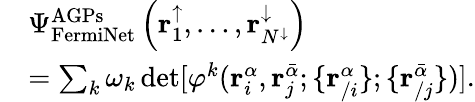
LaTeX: \begin{array}{rl}&{\Psi_{\mathrm{FermiNet}}^{\mathrm{AGPs}}\left(\mathbf{r}_{1}^{\uparrow},\dots,\mathbf{r}_{N^{\downarrow}}^{\downarrow}\right)}\\ &{=\sum_{k}\omega_{k}\operatorname*{det}[\varphi^{k}(\mathbf{r}_{i}^{\alpha},\mathbf{r}_{j}^{\bar{\alpha}};\{ \mathbf{r}_{/i}^{\alpha}\} ;\{ \mathbf{r}_{/j}^{\bar{\alpha}}\} )].}\end{array}